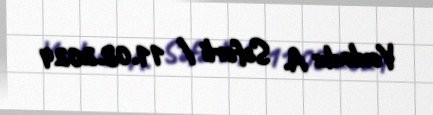
Yoxladı: A. Səfərli / 11.08.2024